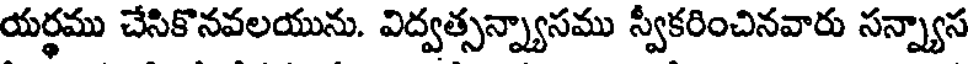
యర్థము చేసికొనవలయును. విద్వత్సన్న్యాసము స్వీకరించినవారు సన్న్యాస